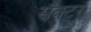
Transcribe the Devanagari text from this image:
सॅक्टर